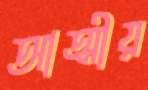
আত্মীয়